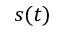
s ( t )